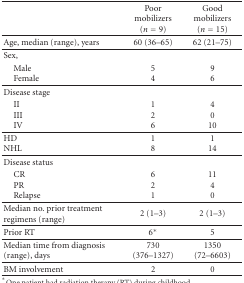
|  | Poor mobilizers (n = 9) | Good mobilizers (n = 15) |
 | --- | --- | --- |
 | Age, median (range), years | 60 (36–65) | 62 (21–75) |
 | Sex, |  |  |
 | MaleFemale | 5 4 | 9 6 |
 | Disease stage |  |  |
 | IIIIIIV | 1 2 6 | 4 0 10 |
 | HD NHL | 1 8 | 1 14 |
 | Disease status |  |  |
 | CRPRRelapse | 6 2 1 | 11 4 0 |
 | Median no. prior treatment regimens (range) | 2 (1–3) | 2 (1–3) |
 | Prior RT | 6* | 5 |
 | Median time from diagnosis (range), days | 730 (376–1327) | 1350 (72–6603) |
 | BM involvement | 2 | 0 |